Lunatic asylums Madras 1892-1911 - 1892-1911
Year: 1892
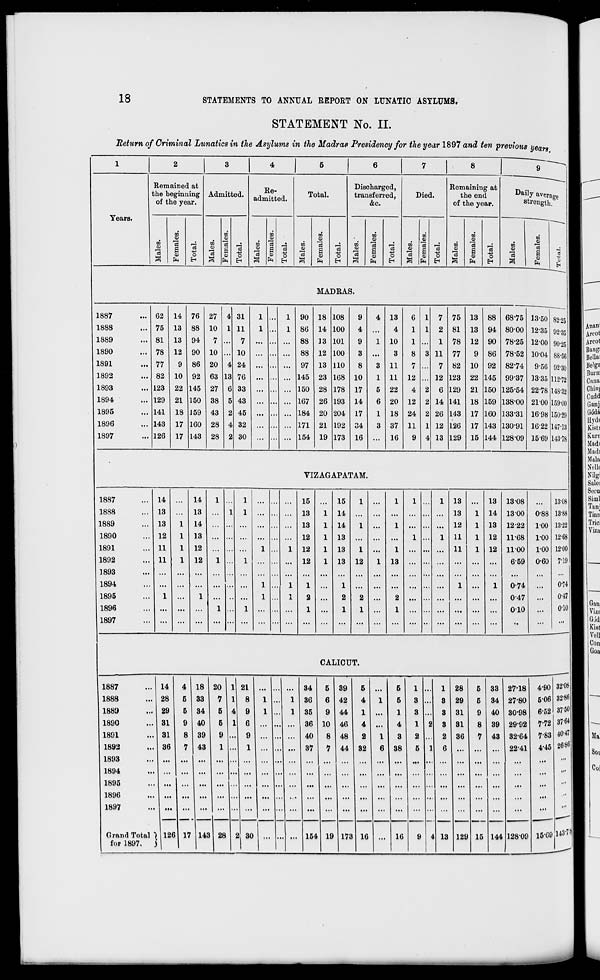
18
STATEMENTS TO ANNUAL REPORT ON LUNATIC ASYLUMS.
STATEMENT No. II.
"Return of Criminal Lunatics in the Asylums in the Madras Presidency for the year 1897 and ten previous years
9
Years.
Remained at
the beginning
of the year.
CO
a>
'3
3
CO
*3
i
CD
o
EH
Admitted.
CO
e
o
EH
Re-
admitted.
CO
O
o
EH
Total.
to
"3
to
o
"3
1 o
PH
o
EH
Discharged,
transferred,
&o.
to
01
"3
3
CO
CD
"3
S
CD
ft
O
EH
Died.
c3
Remaining at
the end
of the year.
ro
to
CD
CO
rrt
CO
d
£ +3 CD
"3
a
CD
o
CD
h H
ft
o
EH
Daily average
strength.
xn
3
to
<D
"3
a o
0
EH
MADRAS.
1887
1888
1889
1890
1891
1892
1893
1894
1895
1896
1897
62 14 76 27 4 31
1
1 90 18 108
75 13 88 10 1 11
1 ... 1 86 14 100
81 13 94
7 ... 7 ... ...
88 13 101
78 12 90 10 ... 10 ... ... ... 88 12 100
77 9 86 20 4 24 ... ... ... 97 13 110
82 10 92 63 13 76 ... ...
145 23 168
123 22 145 27 6 33 ...
... 150 28 178
129 21 150 38 5 43 ... ...
167 26 193
141 18 159 43 2 45 ... ... ... 184 20 204
143 17 160 28 4 32 ...
... 171 21 192
126 17 143 28 2 30 ... ... ... 154 19 173
9
4
9
3
8
10
17
14
17
34
16
3
1
5
6
1
3
13
4
10
3
11
11
22
20
18
37
16
6
1
1
8
7
12
4
12
24
11
9
7
2
1
11
7
12
6
14
26
12
13
75
81
78
77
82
123
129
141
143
126
129
13
13
12
9
10
22
21
18
17
17
15
88
94
90
86
92
145
150
159
160
143
144
68-75
8000
78-25
78-52
82-74
99-37
125-54
138-00
133-31
130-91
128-09
13-50
12-35
12-00
10-04
9-56
13-35
22-78
21-00
1698
16-22
15-69
82-25
92-35
90-25
88-56
92-30
112-72
148-32
159-00
150-29
147-13
143-78
VIZAGAPATAM.
1887
1888
1889
1890
1891
1892
1893
1894
1895
1896
1897
14 ... 14
1
1
15
15
1
1
1 .
1 13 ... 13 13-08
...
13 ... 13 ... 1 1 ...
13
1 14
... ...
.
13
1 14 13 00 0-88
13
1 14 ... ... ... ...
13
1 14
1 ...
1
... 12
1 13 12-22 1-00
12
1 13 ... ... ... ...
12
1 13
...
1 .
1 11
1 12 11-68 1-00
11
1 12 ... ... ...
1
1 12
1 13
1 ...
1
... 11
1 12 1100 1-00
11
1 12
1
...
1
1
1
12
1
1 13
1
12
1 13
. ...
1 :
1
659
0-74
0-60
1
...
1
1
1
1
X
2
1 ...
2
1
2
1 ...
2
1
. •••
... ...
0-47
o-io ...
13-08
13-88
13-22
12-68
12-00
7-19
0-74
0-47
0-10
CALICUT.
1887
1888
1889
1890
1891
1892
1893
1894
1895
1896
1897
Grand Total
for 1897
14
28
29
31
31
36
4
5
5
9
8
7
18
33
34
40
39
43
tal ]
20
7
5
5
9
1
1 21
8
9
6
8
l
126 17 143 28
34
36
35
36
40
37
2 30
5
6
9
10
8
7
154
39
42
44
46
48
44
19
5
4
1
4
2
32
173
5
5
1
4
3
38
1
3
3
1
2
5
16
16
1
3
3
3
2
6
28
29
31
31
36
5
5
9
8
7
13 129 15
33
34
40
39
43
144
27-18
27-80
30-98
29-92
8264
2241
12809
4-90
5-06
6-52
7-72
7-83
4-45
32-08
32-86
37-50
3764
40-47
26'8C
15-09 148*711